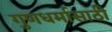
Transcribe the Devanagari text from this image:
गुणधर्मासाठी